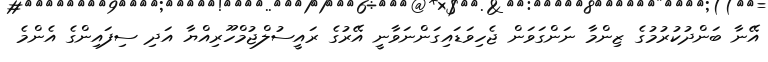
އޭނާ ބަންދުކުރުމުގެ ޒިންމާ ނަންގަވަން ޖެހިވަޑައިގަންނަވާނީ އޭރުގެ ރައީސުލްޖުމްހޫރިއްޔާ އަދި ސިފައިންގެ އެންމެ